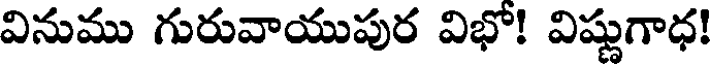
వినుము గురువాయుపుర విభో! విష్ణుగాధ!